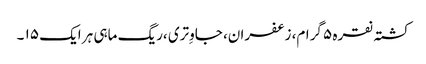
کشتہ نقرہ ۵ گرام، زعفران، جاوِتری ،ریگ ماہی ہر ایک ۱۵ ۔